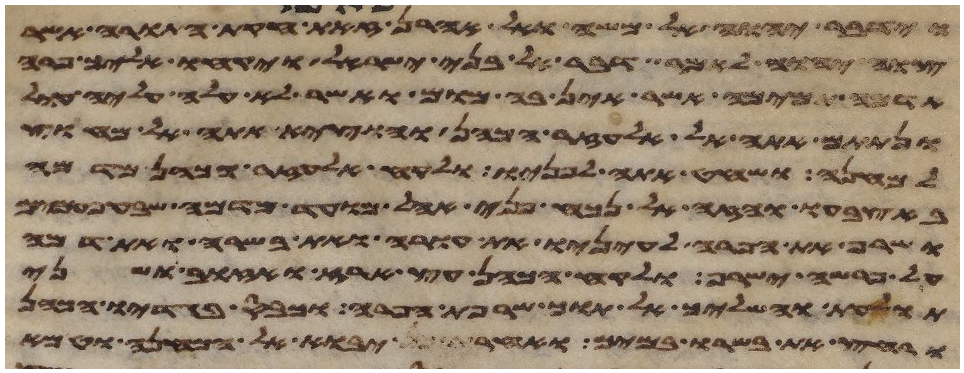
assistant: וידבר יהוה אל משה ואל אהרן לאמר זאת חקות התורה אשר
צוה יהוה לאמר דבר אל בני ישראל ויקחו אליך פרה
אדמה תמימה אשר אין בה מום ואשר לא עלה עליה עול
ונתתם אתה אל אלעזר הכהן והוציא אתה אל מחוץ
למחנה ושחט אתה לפניו ולקח אלעזר הכהן מדמה
באצבעו והזה אל נכח פני אהל מועד מדמה שבע
ושרף את הפרה לעיניו את עורה ואת בשרה ואת דמה
על פרשה ישרף ולקח הכהן עץ ארז ואזוב ושני
תולעת והשליך אל תוך שרפת הפרה וכבס בגדיו הכהן
ורחץ את בשרו במים ואחר יבוא אל המחנה וטמא